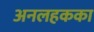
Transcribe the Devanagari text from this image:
अनलहकका